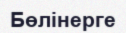
Бөлінерге